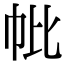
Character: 𢁦